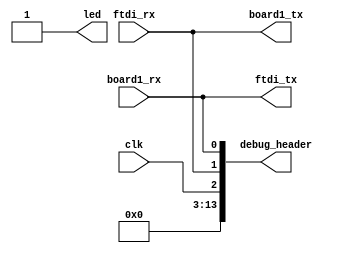
/*
 * Copyright (c) 2017, Toothless Consulting UG (haftungsbeschraenkt)
 * All rights reserved.
 *
 * Redistribution and use in source and binary forms, with or without
 * modification, are permitted provided that the following conditions are met:
 *
 * + Redistributions of source code must retain the above copyright notice,
 *   this list of conditions and the following disclaimer.
 * + Redistributions in binary form must reproduce the above copyright
 *   notice, this list of conditions and the following disclaimer in the
 *   documentation and/or other materials provided with the distribution.
 * + Neither the name arty-glitcher nor the names of its contributors may be
 *   used to endorse or promote products derived from this software without
 *   specific prior written permission.
 *
 * THIS SOFTWARE IS PROVIDED BY THE COPYRIGHT HOLDERS AND CONTRIBUTORS "AS IS"
 * AND ANY EXPRESS OR IMPLIED WARRANTIES, INCLUDING, BUT NOT LIMITED TO, THE
 * IMPLIED WARRANTIES OF MERCHANTABILITY AND FITNESS FOR A PARTICULAR PURPOSE
 * ARE DISCLAIMED. IN NO EVENT SHALL THE arty-glitcher PROJECT BE LIABLE FOR
 * ANY DIRECT, INDIRECT, INCIDENTAL, SPECIAL, EXEMPLARY, OR CONSEQUENTIAL
 * DAMAGES (INCLUDING, BUT NOT LIMITED TO, PROCUREMENT OF SUBSTITUTE GOODS OR
 * SERVICES; LOSS OF USE, DATA, OR PROFITS; OR BUSINESS INTERRUPTION) HOWEVER
 * CAUSED AND ON ANY THEORY OF LIABILITY, WHETHER IN CONTRACT, STRICT
 * LIABILITY, OR TORT (INCLUDING NEGLIGENCE OR OTHERWISE) ARISING IN ANY WAY
 * OUT OF THE USE OF THIS SOFTWARE, EVEN IF ADVISED OF THE POSSIBILITY OF SUCH
 * DAMAGE.
 *
 *
 */

module top
(
    input wire          clk,
    input wire          ftdi_rx,
    output wire         ftdi_tx,
    input wire          board1_rx,
    output wire         board1_tx,
    output reg          led = 1'b1,
    output wire [13:0]  debug_header
);

// Combinatorial logic
assign board1_tx = ftdi_rx;
assign ftdi_tx = board1_rx;
assign debug_header = {11'd0, clk, ftdi_rx, ftdi_tx};

// Module instantiation


always @(posedge clk)
begin
    // Sequential logic

end

endmodule